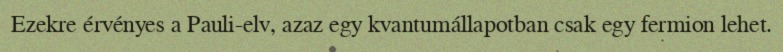
Ezekre érvényes a Pauli-elv, azaz egy kvantumállapotban csak egy fermion lehet.